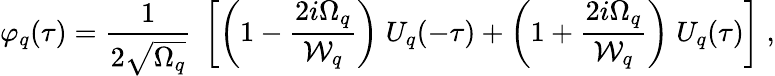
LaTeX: \varphi_{q}(\tau)={\frac{1}{2\sqrt{\Omega_{q}}}}\; \left[\left(1-{\frac{2i\Omega_{q}}{{\cal{W}}_{q}}}\right)\; U_{q}(-\tau)+\left(1+{\frac{2i\Omega_{q}}{{\cal{W}}_{q}}}\right)\; U_{q}(\tau)\right]\; ,